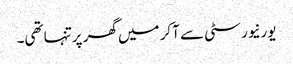
یورنیورسٹی سے آکر میں گھر پرتنہا تھی۔